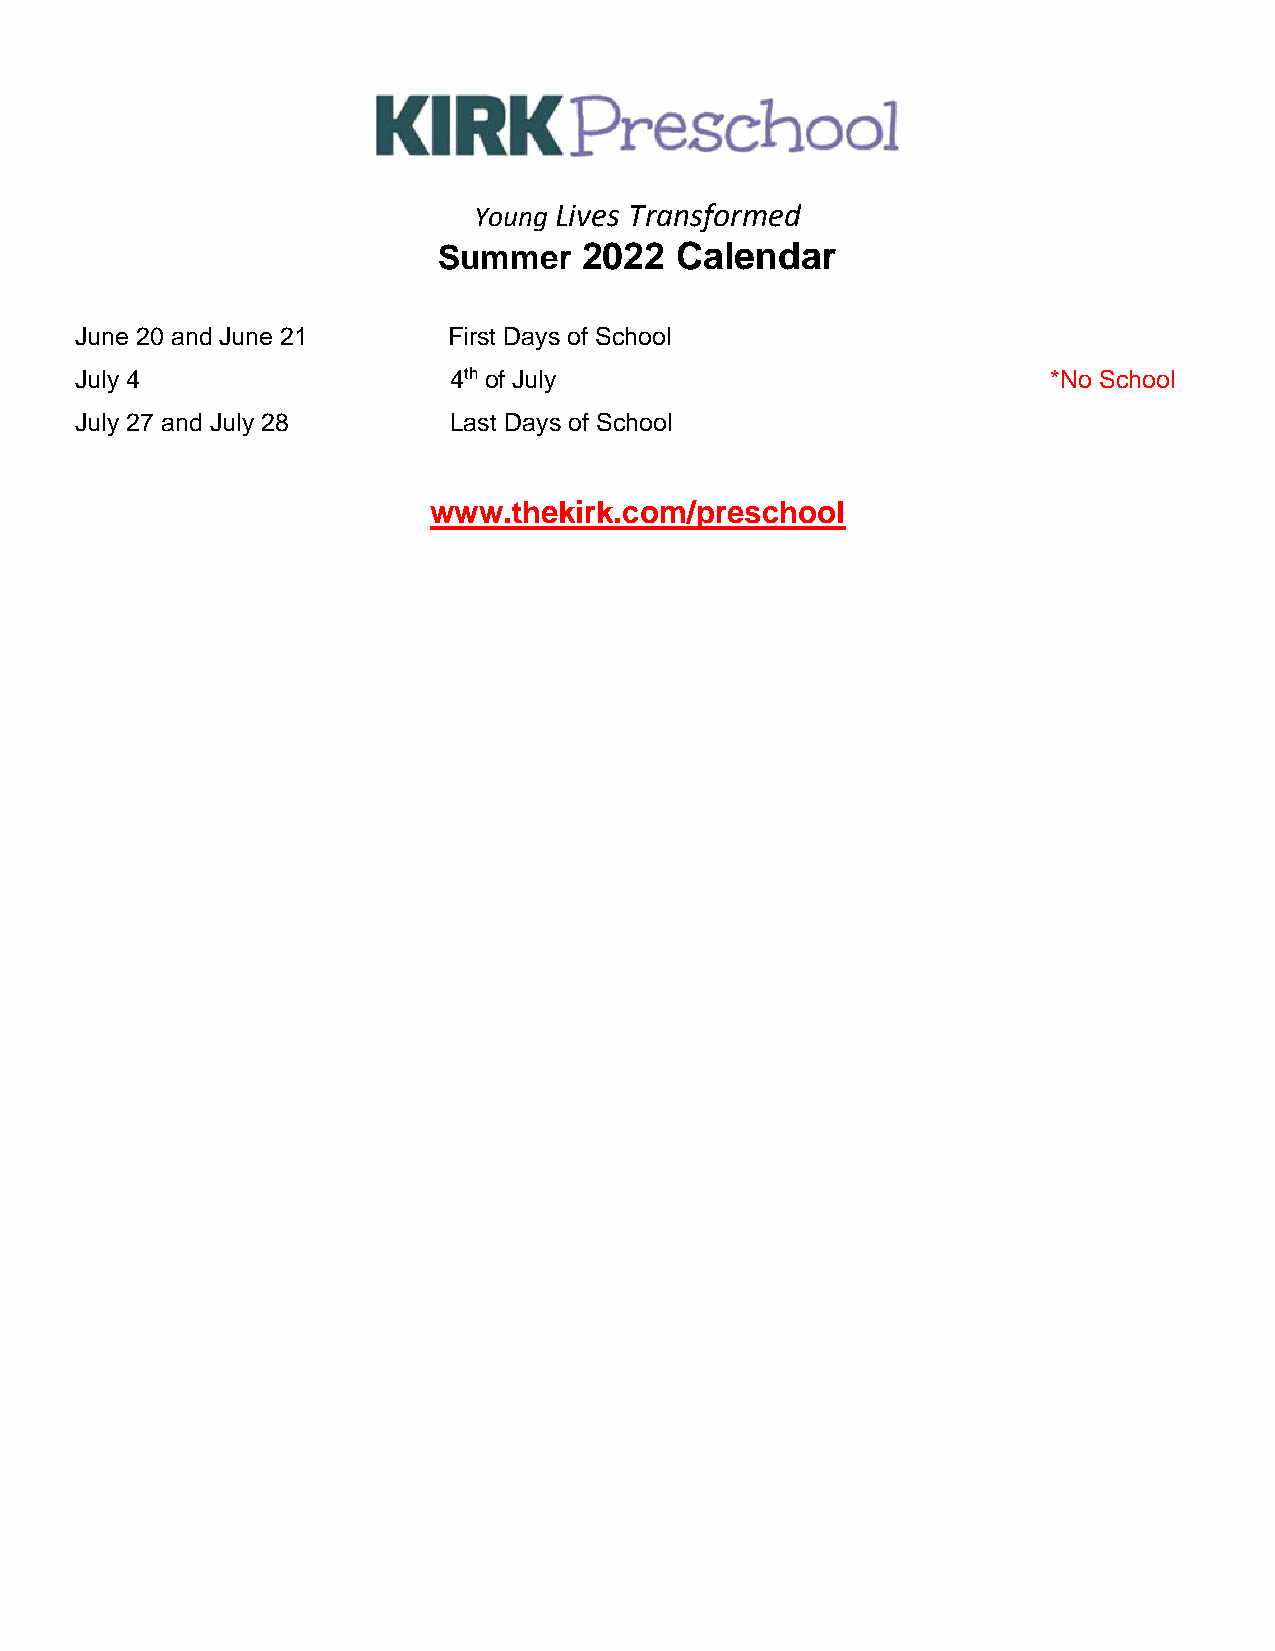
Young Lives Transformed
 Summer    2022  Calendar
 June 20 and June 21      First Days of School
 July 4                   4th of July                             *No School
 July 27 and July 28      Last Days of School
 www.thekirk.com/preschool